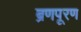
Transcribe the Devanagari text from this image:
ब्रणपूरण